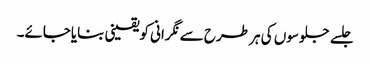
جلسے جلوسوں کی ہر طرح سے نگرانی کویقینی بنایاجائے۔